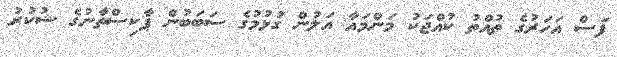
ފަސް އަހަރުގެ ތުއްތު ކުއްޖަކު މަންމައާ އަލުން ގުޅުމުގެ ސަބަބުން ޕާކިސްތާނުގެ ޝުކުރު